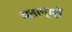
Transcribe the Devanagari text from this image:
मताग्रहों